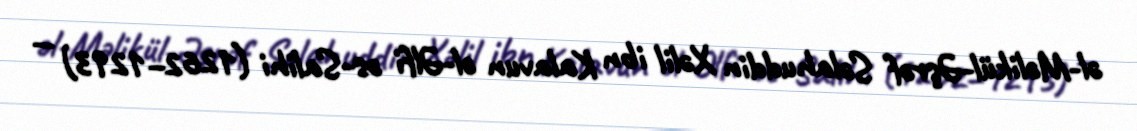
əl-Məlikül-Əşrəf Səlahuddin Xəlil ibn Kalavun əl-Əlfi əs-Salihi (1262–1293) —